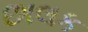
છાલક